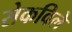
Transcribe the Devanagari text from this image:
सेकविले